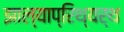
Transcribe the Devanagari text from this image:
झाल्याप्रिथ्यर्थ